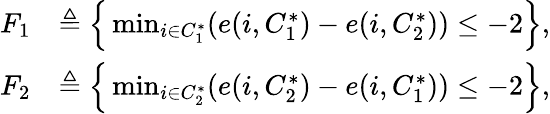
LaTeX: \begin{array}{rl}{F_{1}}&{\triangleq\Big\{ \operatorname*{min}_{i\in C_{1}^{*}}(e(i,C_{1}^{*})-e(i,C_{2}^{*}))\leq-2\Big\} ,}\\ {F_{2}}&{\triangleq\Big\{ \operatorname*{min}_{i\in C_{2}^{*}}(e(i,C_{2}^{*})-e(i,C_{1}^{*}))\leq-2\Big\} ,}\end{array}